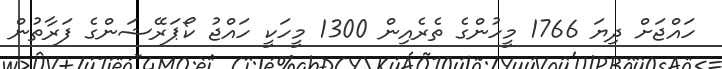
ހައްޖަށް ދިޔަ 1766 މީހުންގެ ތެރެއިން 1300 މީހަކީ ހައްޖު ކޯޕަރޭޝަންގެ ފަރާތުން